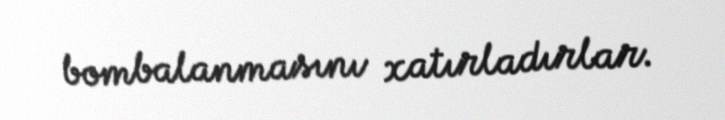
bombalanmasını xatırladırlar.